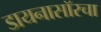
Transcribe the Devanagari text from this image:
डायनासॉरचा